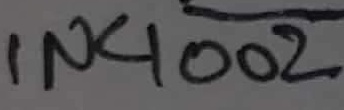
Text: IN4002